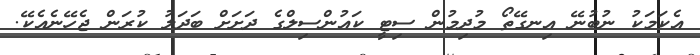
އެކަމަކު ނުބުނޭ އިނގޭތޯ މުދިމުން ސިޓީ ކައުންސިލްގެ ދަށަށް ބަދަލު ކުރަން ޖެހޭނެއެކޭ.